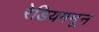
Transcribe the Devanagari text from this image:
रेडियममून